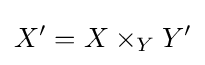
X'=X\times _{Y}Y'